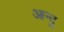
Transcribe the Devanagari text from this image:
आन्दु